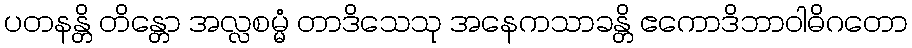
ပတနန္တိ တိန္တော အလ္လစမ္မံ တာဒိသေသု အနေကသာခန္တိ ဧကောဒိဘာဝါဓိဂတော